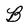
Character: B